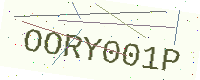
Text: OORY001P